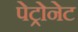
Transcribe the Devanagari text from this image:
पेट्रोनेट